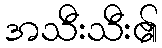
အသီးသီး၏